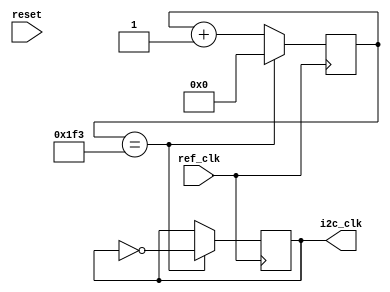
`timescale 1ns / 1ps
//////////////////////////////////////////////////////////////////////////////////
// Company: 
// Engineer: 
// 
// Design Name: 
// Module Name: i2c_clk_divider
// Project Name: 
// Target Devices: 
// Tool Versions: 
// Description: 
// 
// Dependencies: 
// 
// Revision:
// Revision 0.01 - File Created
// Additional Comments:
// 
//////////////////////////////////////////////////////////////////////////////////


module i2c_clk_divider(
    input wire reset,
    input wire ref_clk,
    output reg i2c_clk
    );
    // fixing problem with sds and reset 
    //comment reset module
    initial i2c_clk = 0;
    //
    parameter DELAY = 1000;
    reg [9:0] count=0;
    always @(posedge ref_clk) begin
        //if (reset ==1) begin
          //  i2c_clk = 0;
          //  count = 0;
        //end
        //else begin 
            if (count ==((DELAY/2)-1)) begin//count up divider (500 liya cause t = T/2 pe change hoga signal) T = 1000
                i2c_clk = ~i2c_clk;
                count = 0;// we chose thousand kyun ki hmara desired 1ns ka hai and input 1us ka(100mhz se 100 khz)
            end
            else begin
                count = count+1;
            end
        //end
    end
    
endmodule